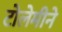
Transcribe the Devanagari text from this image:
टोलेमीने